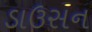
ડાઉસન